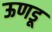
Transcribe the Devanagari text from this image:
ऊणडू